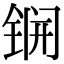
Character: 锎